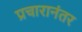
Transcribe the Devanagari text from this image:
प्रचारानंतर